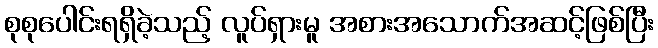
စုစုပေါင်းရရှိခဲ့သည့် လူပ်ရှားမူ အစားအသောက်အဆင့်ဖြစ်ပြီး